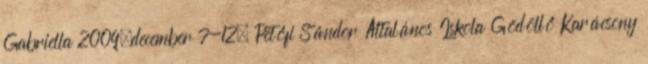
Gabriella 2009.december 7-12. Petőfi Sándor Általános Iskola Gödöllő Karácsony